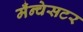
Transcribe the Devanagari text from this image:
मँन्चेसटर